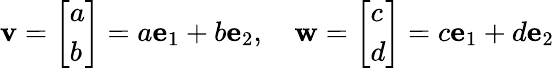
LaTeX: {\mathbf{v}}={\left[\begin{array}{l}{a}\\ {b}\end{array}\right]}=a{\mathbf{e}}_{1}+b{\mathbf{e}}_{2},\quad{\mathbf{w}}={\left[\begin{array}{l}{c}\\ {d}\end{array}\right]}=c{\mathbf{e}}_{1}+d{\mathbf{e}}_{2}